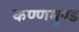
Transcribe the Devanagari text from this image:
कण्णमुण्ड